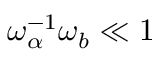
\omega _ { \alpha } ^ { - 1 } \omega _ { b } \ll 1